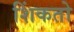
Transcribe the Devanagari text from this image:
शिंकतो